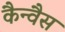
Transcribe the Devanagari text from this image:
कैन्वैस